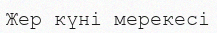
Жер күні мерекесі